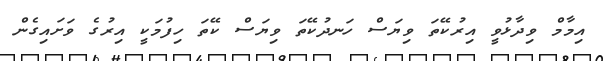
އިމާމް ވިދާޅުވީ އިރުކޭތަ ވިޔަސް ހަނދުކޭތަ ވިޔަސް ކޭތަ ހިފުމަކީ އިރުގެ ވަށައިގެން